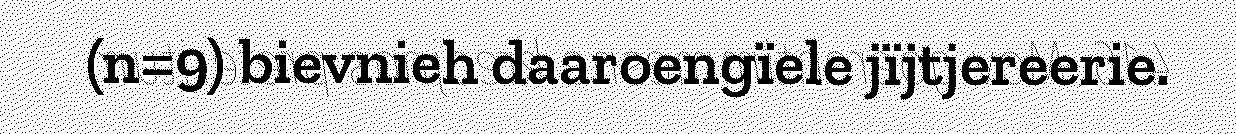
(n=9) bievnieh daaroengïele jïjtjereerie.